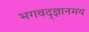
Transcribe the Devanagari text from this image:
भगवद्ज्ञानमय